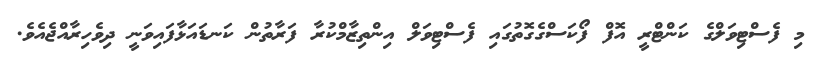
މި ފެސްޓިވަލްގެ ކަންޓްރީ އޮފް ފޯކަސްގެގޮތުގައި ފެސްޓިވަލް އިންތިޒާމްކުރާ ފަރާތުން ކަނޑައަޅާފައިވަނީ ދިވެހިރާއްޖެއެވެ.